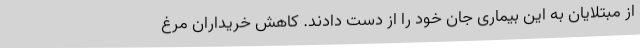
از مبتلایان به این بیماری جان خود را از دست دادند. کاهش خریداران مرغ